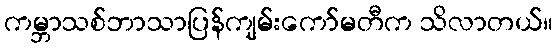
ကမ္ဘာသစ်ဘာသာပြန်ကျမ်းကော်မတီက သိလာတယ်။